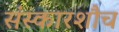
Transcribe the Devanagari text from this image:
संस्कारशौच